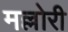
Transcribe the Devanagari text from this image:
मल्लोरी